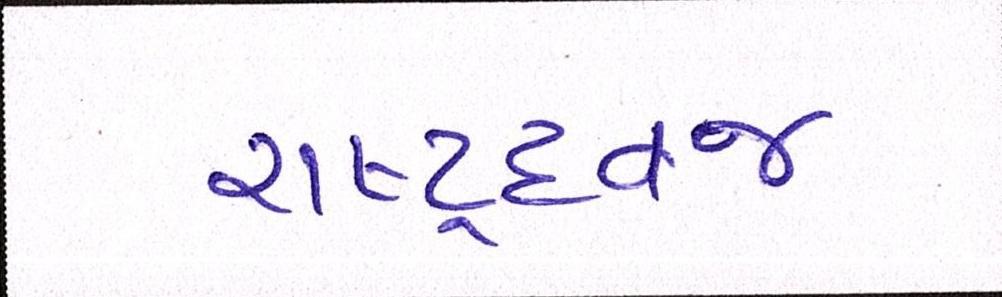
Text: રાષ્ટ્રધ્વજ